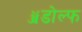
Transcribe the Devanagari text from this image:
ॲडोल्फ